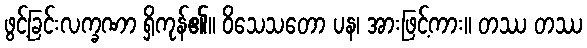
ဖွင့်ခြင်းလက္ခဏာ ရှိကုန်၏။ ဝိသေသတော ပန၊ အားဖြင့်ကား။ တဿ တဿ